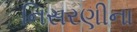
નિસરણીના